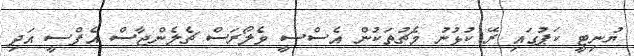
ޔުނިޓީ ކަޕުގައި ރޭ ކުޅުނު މެޗުތަކުން އެސްސީ ވެލޯރަސް ޗެލެންޖާސް އެފްސީ އަދި